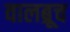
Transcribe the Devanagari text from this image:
वालब्रूच